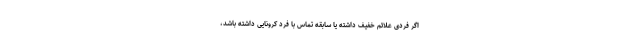
اگر فردی علائم خفیف داشته یا سابقه تماس با فرد کرونایی داشته باشد،